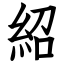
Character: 紹